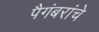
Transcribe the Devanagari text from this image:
पैगंबरांचे